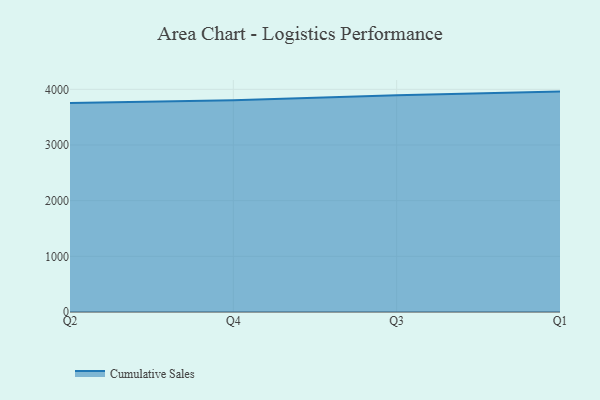
{"axis": {"x": "Quarter", "y": "Shipments"}, "legend": ["Cumulative Sales"], "data": [{"x": "Q2", "y": 3753.7, "type": "Cumulative Sales"}, {"x": "Q4", "y": 3805.0, "type": "Cumulative Sales"}, {"x": "Q3", "y": 3893.4, "type": "Cumulative Sales"}, {"x": "Q1", "y": 3959.0, "type": "Cumulative Sales"}]}